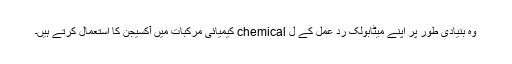
وہ بنیادی طور پر اپنے میٹابولک رد عمل کے ل chemical کیمیائی مرکبات میں آکسیجن کا استعمال کرتے ہیں۔